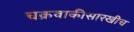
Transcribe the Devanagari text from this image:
चक्रवाकीसारखीच